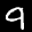
Label: 9